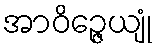
အာဝိဉ္ဇေယျုံ